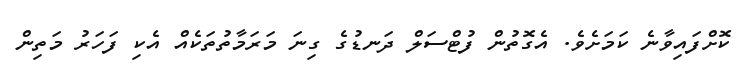
ކޮށްފައިވާނެ ކަމަށެވެ. އެގޮތުން ފުޓްސަލް ދަނޑުގެ ގިނަ މަރަމާތުތަކެއް އެކި ފަހަރު މަތިން